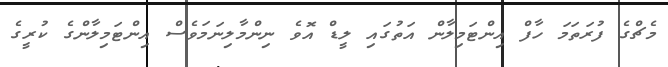
މެޗްގެ ފުރަތަމަ ހާފް އިންޓަމިލާން އަތުގައި ލީޑް އޮވެ ނިންމާލިނަމަވެސް އިންޓަމިލާންގެ ކުރީގެ